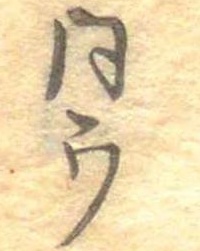
同ウ